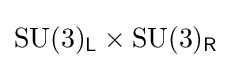
\mathrm {SU} (3)_{\mathsf {L}}\times \mathrm {SU} (3)_{\mathsf {R}}~